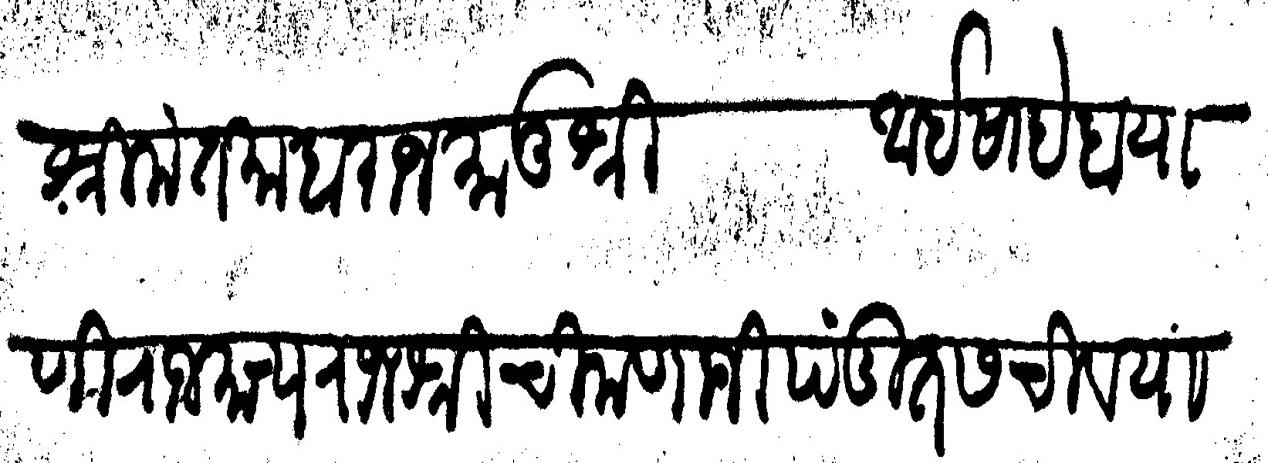
Transliteration (Devanagari): श्रीमंत माहाराज मातुश्री आईसाहेब याणो राजमान्य राजशी चिमणाजी पंडित सचिव यासी